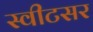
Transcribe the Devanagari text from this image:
स्वीटसर